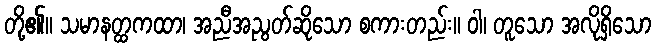
တို့၏။ သမာနတ္ထကထာ၊ အညီအညွတ်ဆိုသော စကားတည်း။ ဝါ၊ တူသော အလိုရှိသော